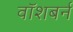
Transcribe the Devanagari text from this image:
वॉशबर्न